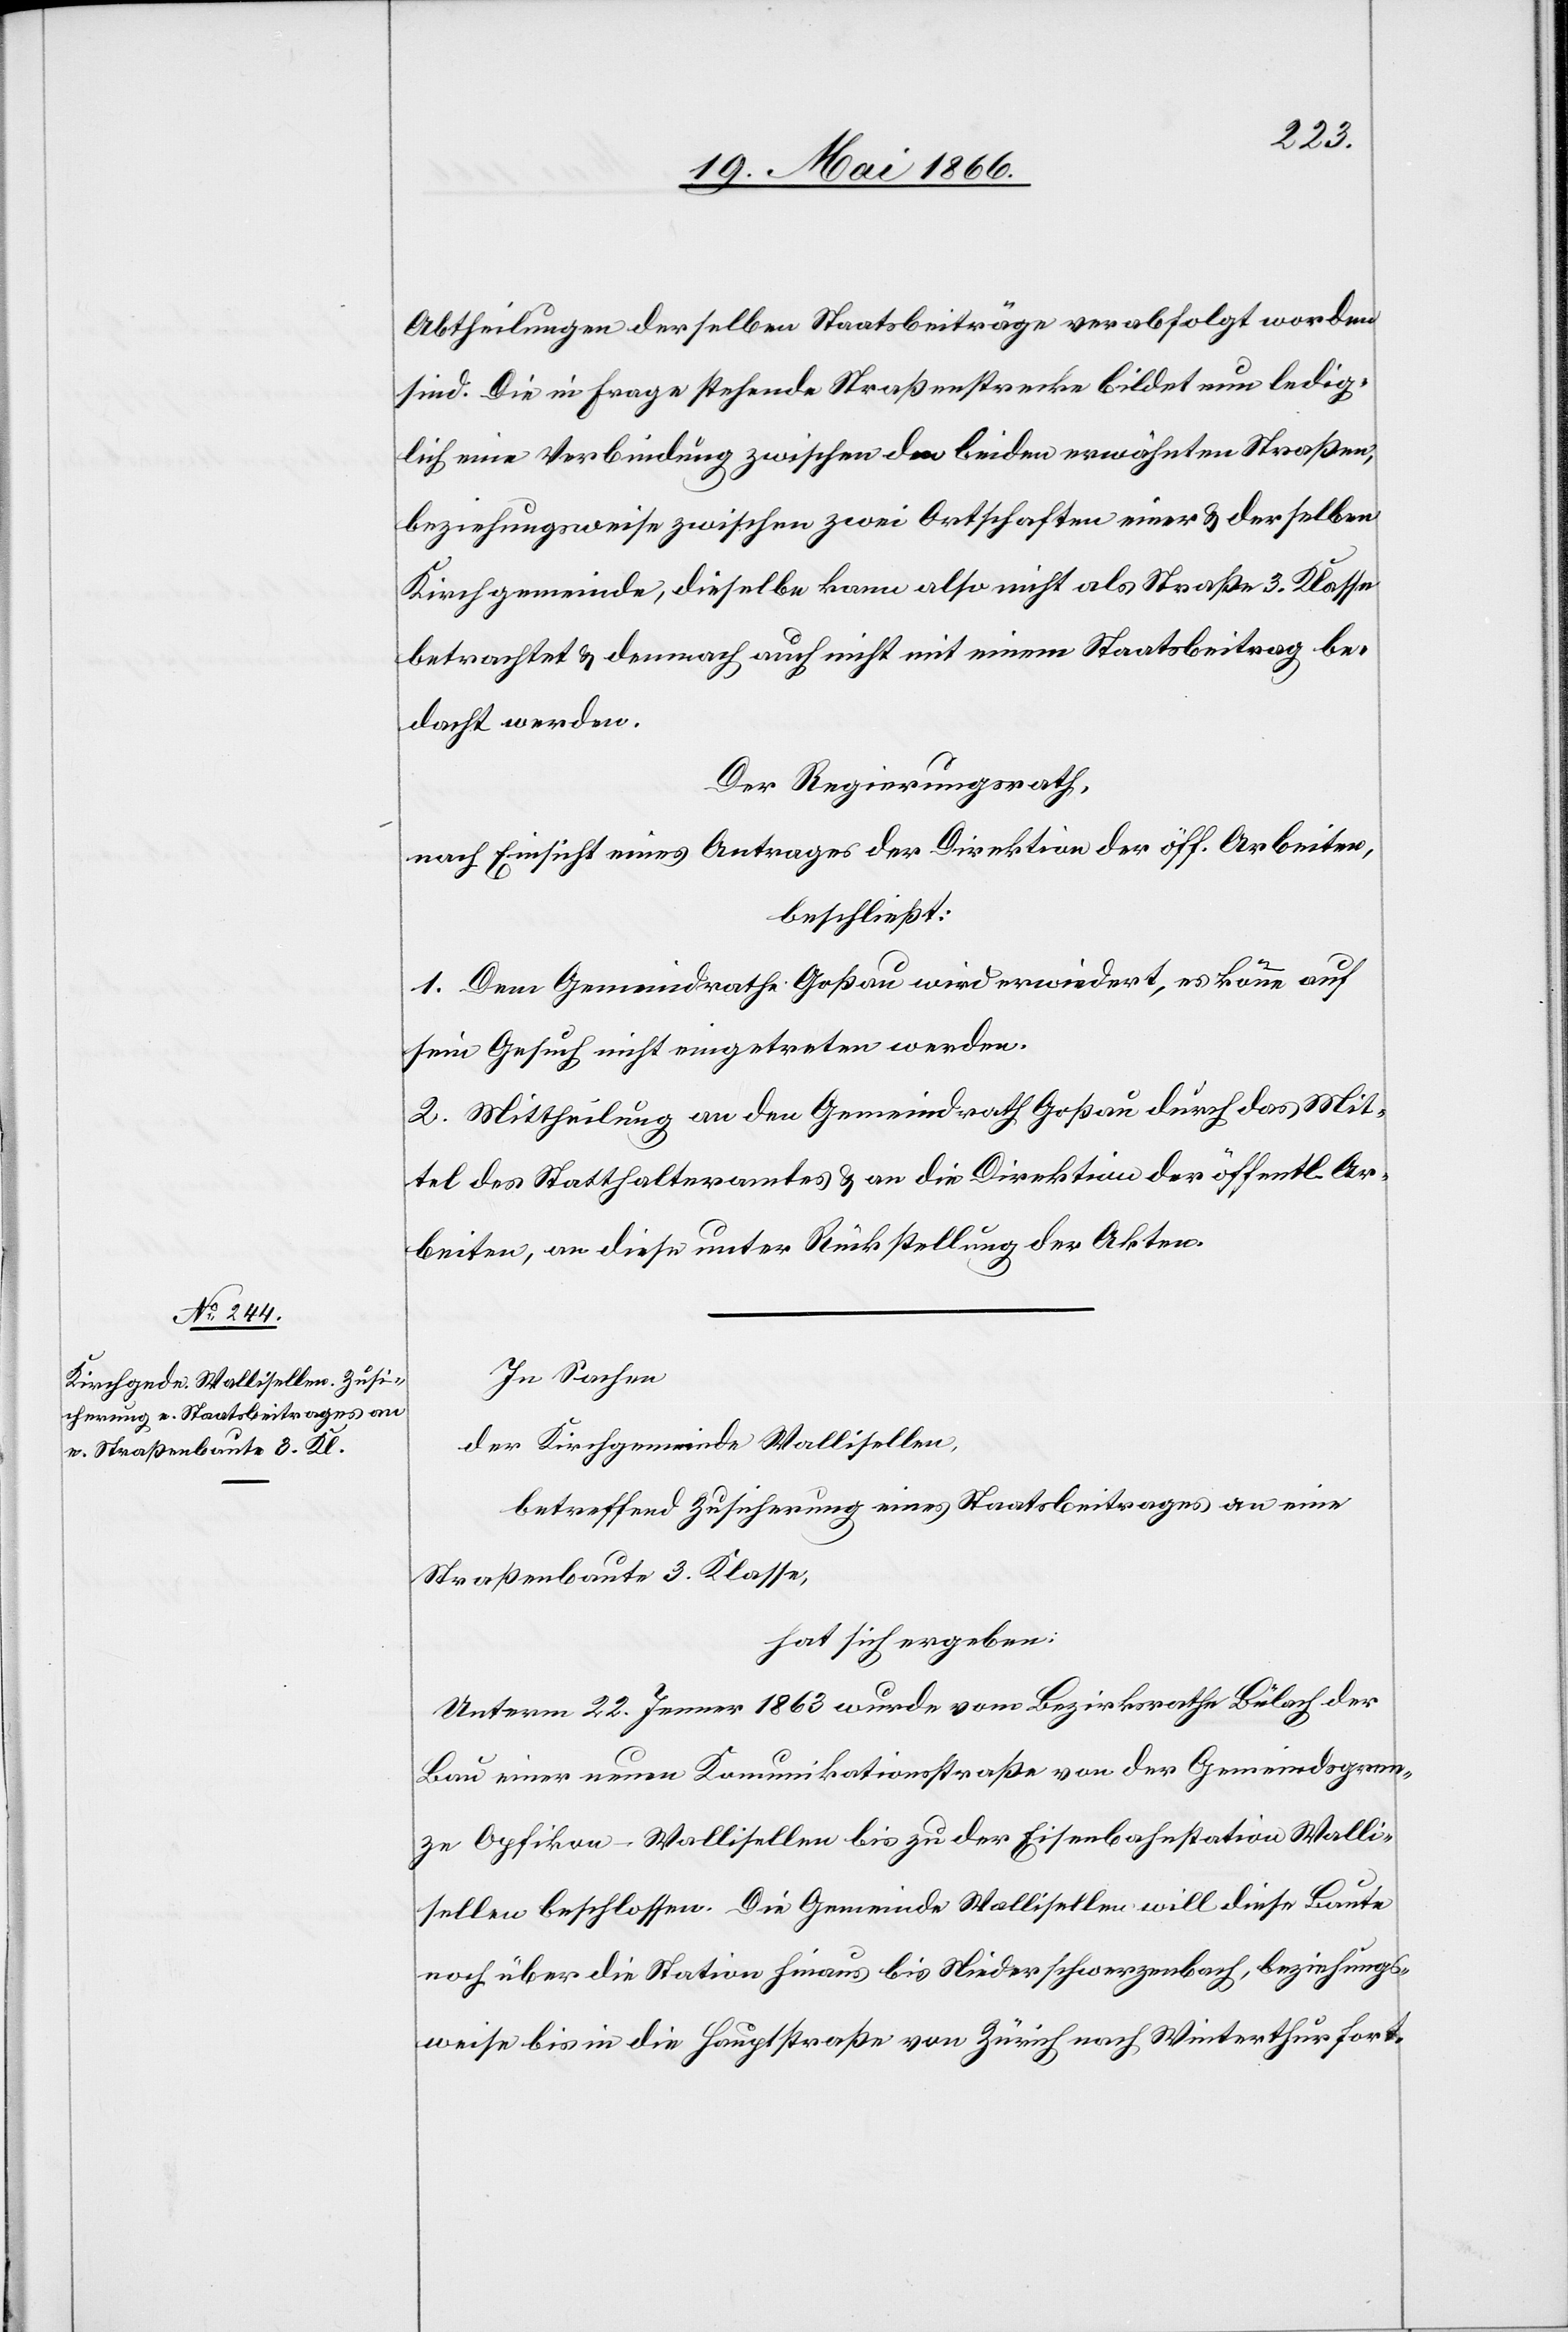
sind. Die in Frage stehende Straßenstrecke bildet nun ledig¬
lich eine Verbindung zwischen den beiden erwähnten Straßen,
beziehungsweise zwischen zwei Ortschaften einer u. derselben
Kirchgemeinde, dieselbe kann also nicht als Straße 3. Klasse
betrachtet u. demnach auch nicht mit einem Staatsbeitrag be¬
dacht werden.
Der Regierungsrath,
nach Einsicht eines Antrages der Direktion der öff. Arbeiten,
beschließt:
1. Dem Gemeindrath Goßau wird erwiedert, es könne auf
sein Gesuch nicht eingetreten werden.
2. Mittheilung an den Gemeindrath Goßau durch das Mit¬
tel des Statthalteramtes u. an die Direktion der öffentl. Ar¬
beiten, an diese unter Rückstellung der Akten.
In Sachen
der Kirchgemeinde Wallisellen,
betreffend Zusicherung eines Staatsbeitrages an eine
Straßenbaute 3. Klasse,
hat sich ergeben:
Unterm 22. Jenner 1863 wurde vom Bezirksrathe Bülach der
Bau einer neuen Kommunikationsstraße von der Gemeindsgrenze
zu Opfikon-Wallisellen bis zu der Eisenbahnstation Walli¬
sellen beschlossen. Die Gemeinde Wallisellen will diese Baute
noch über die Station hinaus bis Niederschwerzenbach, beziehungs¬
weise bis in die Hauptstraße von Zürich nach Winterthur fort-